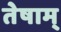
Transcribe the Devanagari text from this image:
तेषाम्